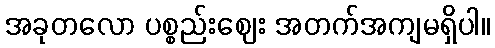
အခုတလော ပစ္စည်းဈေး အတက်အကျမရှိပါ။